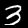
Digit: 3